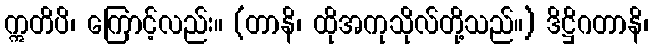
ဣတိပိ၊ ကြောင့်လည်း။ (တာနိ၊ ထိုအကုသိုလ်တို့သည်။) ဒိဋ္ဌိဂတာနိ၊